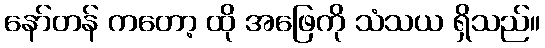
နော်တန် ကတော့ ထို အဖြေကို သံသယ ရှိသည်။